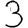
Digit: 3